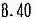
8.40